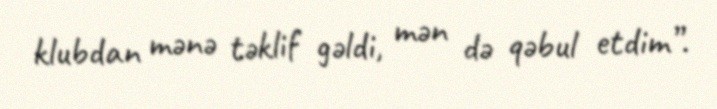
klubdan mənə təklif gəldi, mən də qəbul etdim”.